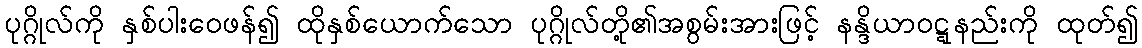
ပုဂ္ဂိုလ်ကို နှစ်ပါးဝေဖန်၍ ထိုနှစ်ယောက်သော ပုဂ္ဂိုလ်တို့၏အစွမ်းအားဖြင့် နန္ဒိယာဝဋ္ဋနည်းကို ထုတ်၍